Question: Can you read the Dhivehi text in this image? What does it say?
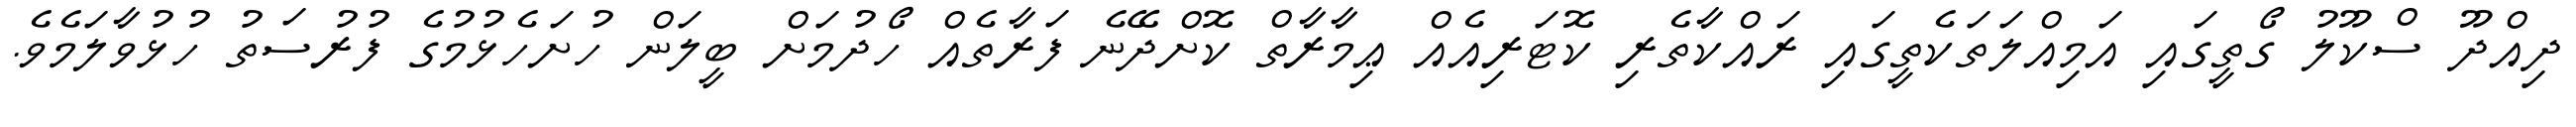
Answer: ދިއްދޫ ސްކޫލު ގޯތީގައި އަމިއްލަތަކެތީގައި ރައްކާތެރި ކޮޓަރިއެއް ޢިމާރާތް ކޮށްދޭނެ ފަރާތެއް ހޯދުމަށް ބީލަން ހުށަހެޅުމުގެ ފުރުސަތު ހުޅުވާލަމެވެ.